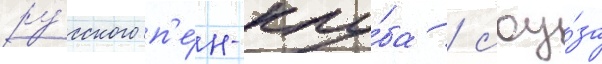
ру́сского п'е́н-клу́ба / соу́за